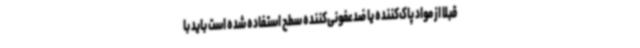
قبلا از مواد پاک‌کننده یا ضدعفونی‌کننده سطح استفاده شده است باید با